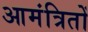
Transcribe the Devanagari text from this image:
आमंत्रितों